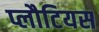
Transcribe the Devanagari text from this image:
प्लौटियस